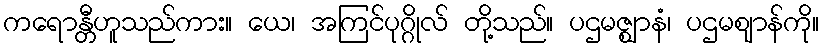
ကရောန္တီဟူသည်ကား။ ယေ၊ အကြင်ပုဂ္ဂိုလ် တို့သည်။ ပဌမဇ္ဈာနံ၊ ပဌမဈာန်ကို။